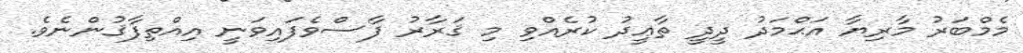
މެމްބަރު މާރިޔާ އަޙްމަދު ދީދީ ތާޢީދު ކުރެއްވި މި ޤަރާރު ފާސްވެފައިވަނީ އިއްތިފާޤުންނެވެ.